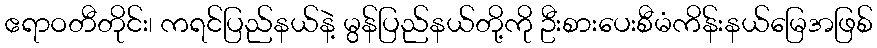
ဧရာဝတီတိုင်း၊ ကရင်ပြည်နယ်နဲ့ မွန်ပြည်နယ်တို့ကို ဦးစားပေးစီမံကိန်းနယ်မြေအဖြစ်